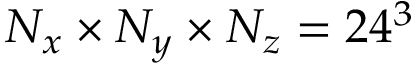
N _ { x } \times N _ { y } \times N _ { z } = 2 4 ^ { 3 }